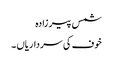
شمس پیر زادہ
خوف کی سرداریاں ۔